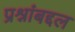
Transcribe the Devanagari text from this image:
प्रश्नांबद्दल